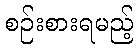
စဉ်းစားရမည့်